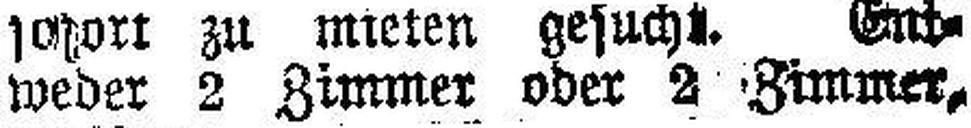
weder 2 Zimmer oder 2 Zimmer-